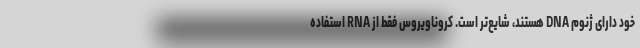
خود دارای ژنوم DNA هستند، شایع‌تر است. کروناویروس فقط از RNA استفاده